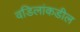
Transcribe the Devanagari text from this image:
वडिलांकडील